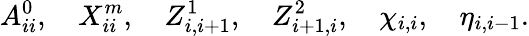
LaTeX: A_{ii}^{0},\quad X_{ii}^{m},\quad Z_{i,i+1}^{1},\quad Z_{i+1,i}^{2},\quad\chi_{i,i},\quad\eta_{i,i-1}.